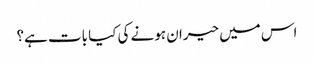
اس میں حیران ہونے کی کیا بات ہے؟